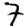
Digit: 7